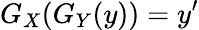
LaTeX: G_{X}(G_{Y}(y))=y^{\prime}